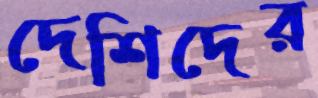
দেশিদের